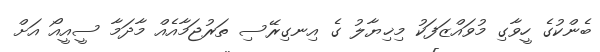
ބެންކުގެ ހީވާގި މުވައްޒަފަކު މިޚިޔާލު ގެ އިނގިރޭސި ތަރުޖަމާއެއް މާދަމާ ސީއީއޯ އަށް